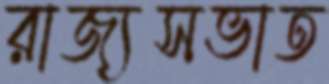
রাজ্যসভাত